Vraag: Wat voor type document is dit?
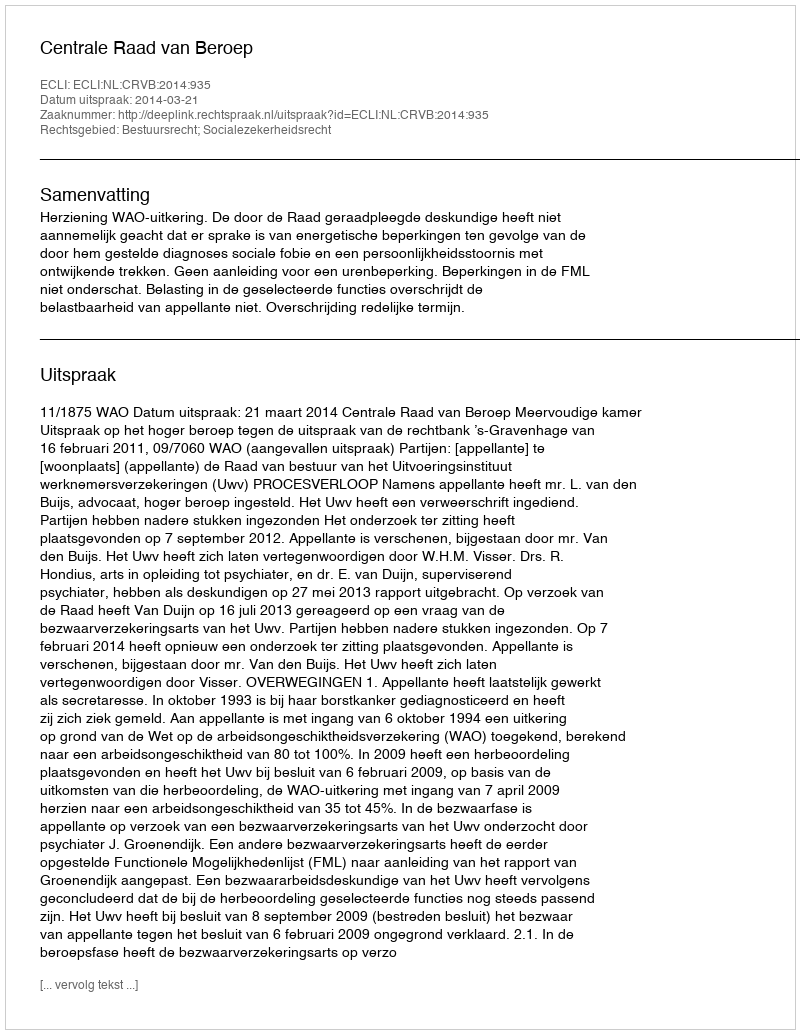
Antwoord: Uitspraak